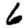
Digit: 6